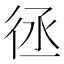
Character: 𢓞